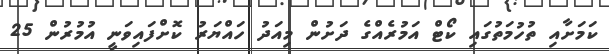
ކަމަށާއި ތުހުމަތުގައިި ކޯޓް އަމުރެއްގެ ދަށުން މިއަދު ހައްޔަރު ކޮށްފައިވަނީ އުމުރުން 25